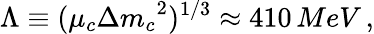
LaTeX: \Lambda\equiv(\mu_{c}{\Delta m_{c}}^{2})^{1/3}\approx 410\, MeV\, ,